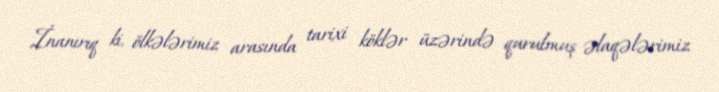
İnanırıq ki, ölkələrimiz arasında tarixi köklər üzərində qurulmuş əlaqələrimiz